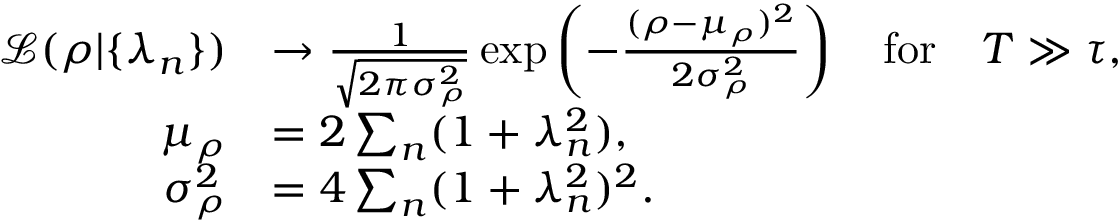
\begin{array} { r l } { { \mathcal L } ( \rho | \{ \lambda _ { n } \} ) } & { \to \frac { 1 } { \sqrt { 2 \pi \sigma _ { \rho } ^ { 2 } } } \exp \left( - \frac { ( \rho - \mu _ { \rho } ) ^ { 2 } } { 2 \sigma _ { \rho } ^ { 2 } } \right) \quad \mathrm { f o r } \quad T \gg \tau , } \\ { \mu _ { \rho } } & { = 2 \sum _ { n } ( 1 + \lambda _ { n } ^ { 2 } ) , } \\ { \sigma _ { \rho } ^ { 2 } } & { = { 4 } \sum _ { n } ( 1 + \lambda _ { n } ^ { 2 } ) ^ { 2 } . } \end{array}